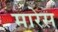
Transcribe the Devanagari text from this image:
मारेस